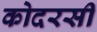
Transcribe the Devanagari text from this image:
कोदरसी